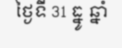
ថ្ងៃទី 31 ធ្នូ ឆ្នាំ